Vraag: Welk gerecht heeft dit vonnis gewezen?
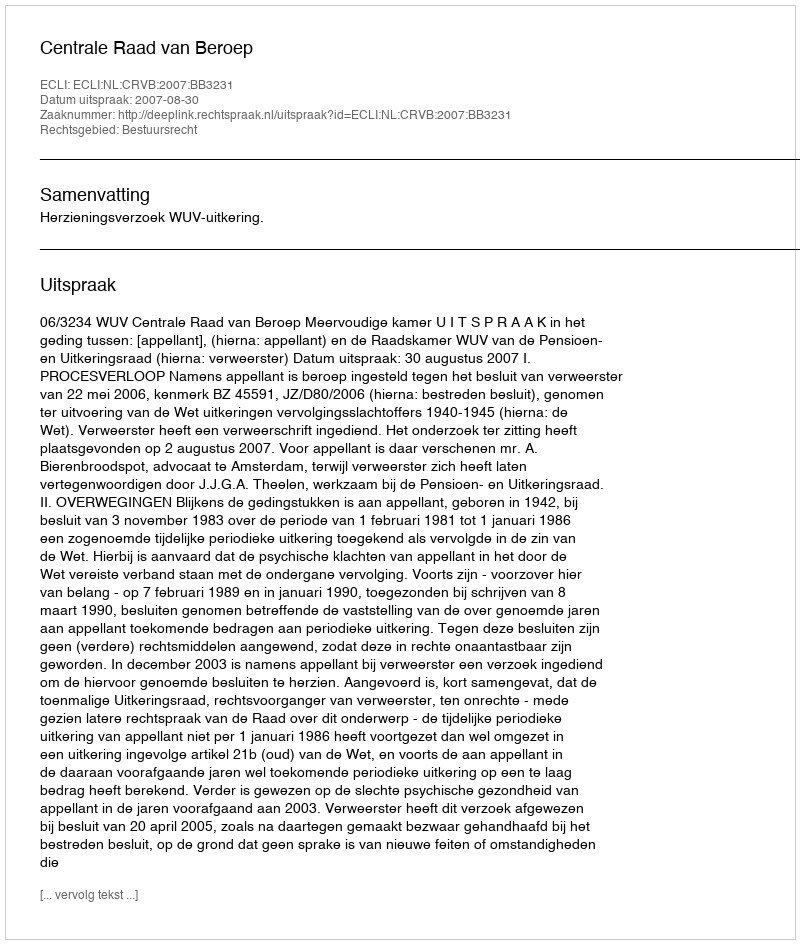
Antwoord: Centrale Raad van Beroep